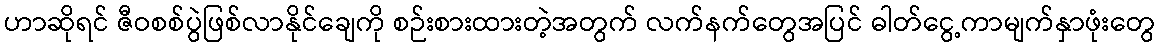
ဟာဆိုရင် ဇီဝစစ်ပွဲဖြစ်လာနိုင်ချေကို စဉ်းစားထားတဲ့အတွက် လက်နက်တွေအပြင် ဓါတ်ငွေ့ကာမျက်နှာဖုံးတွေ